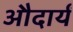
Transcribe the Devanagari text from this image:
औदार्यं